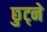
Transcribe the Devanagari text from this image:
छुट्ने